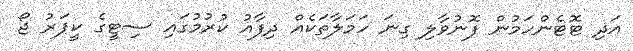
އަދި ޓޮޓެންހަމުން ފޮނުވާލި ގިނަ ހަމަލާތަކެއް ދިފާއު ކުރުމުގައި ސިޓީގެ ކީޕަރު ޖޯ